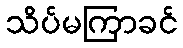
သိပ်မကြာခင်